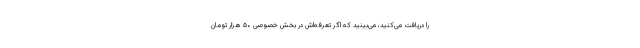
را دریافت می‌کنید، می‌بینید که اگر تعرفه‌اش در بخش خصوصی ۵۰ هزار تومان